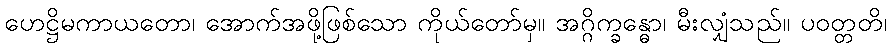
ဟေဋ္ဌိမကာယတော၊ အောက်အဖို့ဖြစ်သော ကိုယ်တော်မှ။ အဂ္ဂိက္ခန္ဓော၊ မီးလျှံသည်။ ပဝတ္တတိ၊